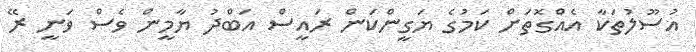
އުސޫލުތަކާ އެއްގޮތަށް ކަމުގެ ޔަގީންކަން ރައީސް އަބްދު ޔާމީން ވެސް ވަނީ ރޭ